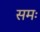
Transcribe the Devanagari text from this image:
समः